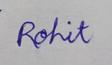
Signature authenticity: genuine